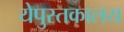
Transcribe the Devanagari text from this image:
येपुस्तकालय